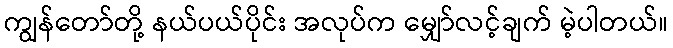
ကျွန်တော်တို့ နယ်ပယ်ပိုင်း အလုပ်က မျှော်လင့်ချက် မဲ့ပါတယ်။